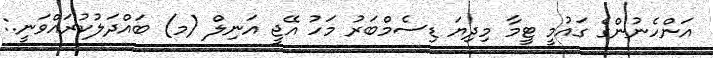
އަންހެނުންގެ ގައުމީ ޓީމާ މިދިޔަ ޑިސެމްބަރު މަހު އޭޖީ އަނިލް (މ) ބައްދަލުކުރައްވަނީ.: